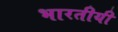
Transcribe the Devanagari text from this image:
भारतीयी